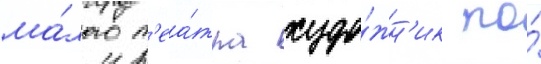
ма́лого т'еа́тра худо́жн'ик по́